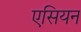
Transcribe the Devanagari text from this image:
एसियन